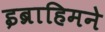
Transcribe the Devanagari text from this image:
इब्राहिमने